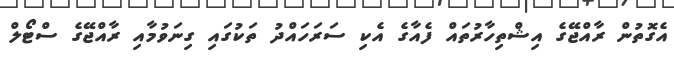
އެގޮތުން ރާއްޖޭގެ އިޝްތިހާރުތައް ފެއާގެ އެކި ސަރަހައްދު ތަކުގައި ގިނަވުމާއި ރާއްޖޭގެ ސްޓޯލް